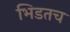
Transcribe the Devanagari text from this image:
भिडतच